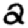
Digit: 2